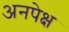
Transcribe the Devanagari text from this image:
अनपेक्ष